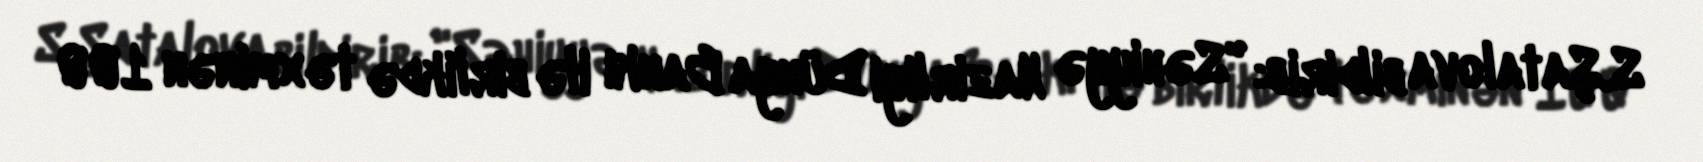
S.Şatalova bildirib: "Səhiyyə Nazirliyi Dünya Bankı ilə birlikdə təxminən 100